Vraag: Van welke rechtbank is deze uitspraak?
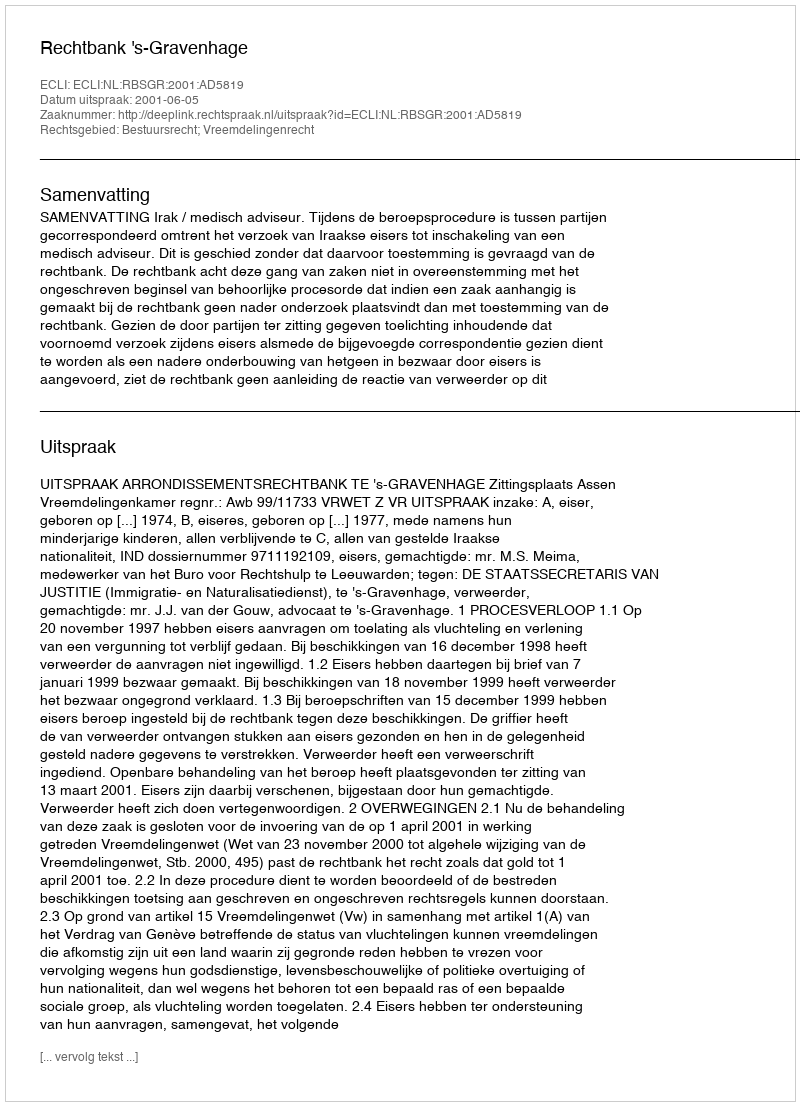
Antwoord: Rechtbank 's-Gravenhage